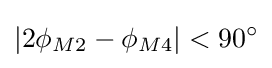
|2\phi _{M2}-\phi _{M4}|<90^{\circ }